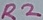
Text: R2